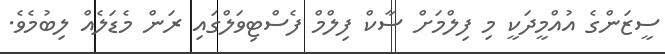
ސީޒަންގެ އުއްމީދަކީ މި ފިލްމަށް ސާކް ފިލްމް ފެސްޓިވަލްގައި ރަން މެޑަލެއް ލިބުމެވެ.